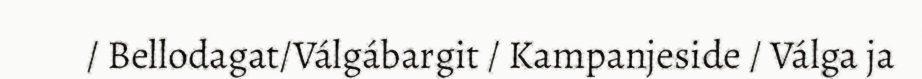
/ Bellodagat/Válgábargit / Kampanjeside / Válga ja